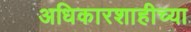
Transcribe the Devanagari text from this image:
अधिकारशाहीच्या